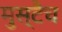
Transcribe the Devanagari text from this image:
मुस्टैच